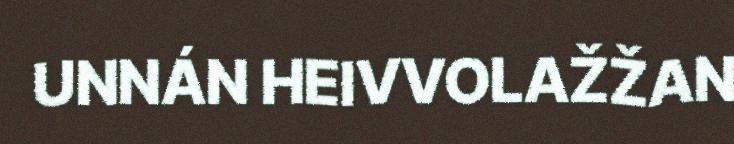
UNNÁN HEIVVOLAŽŽAN